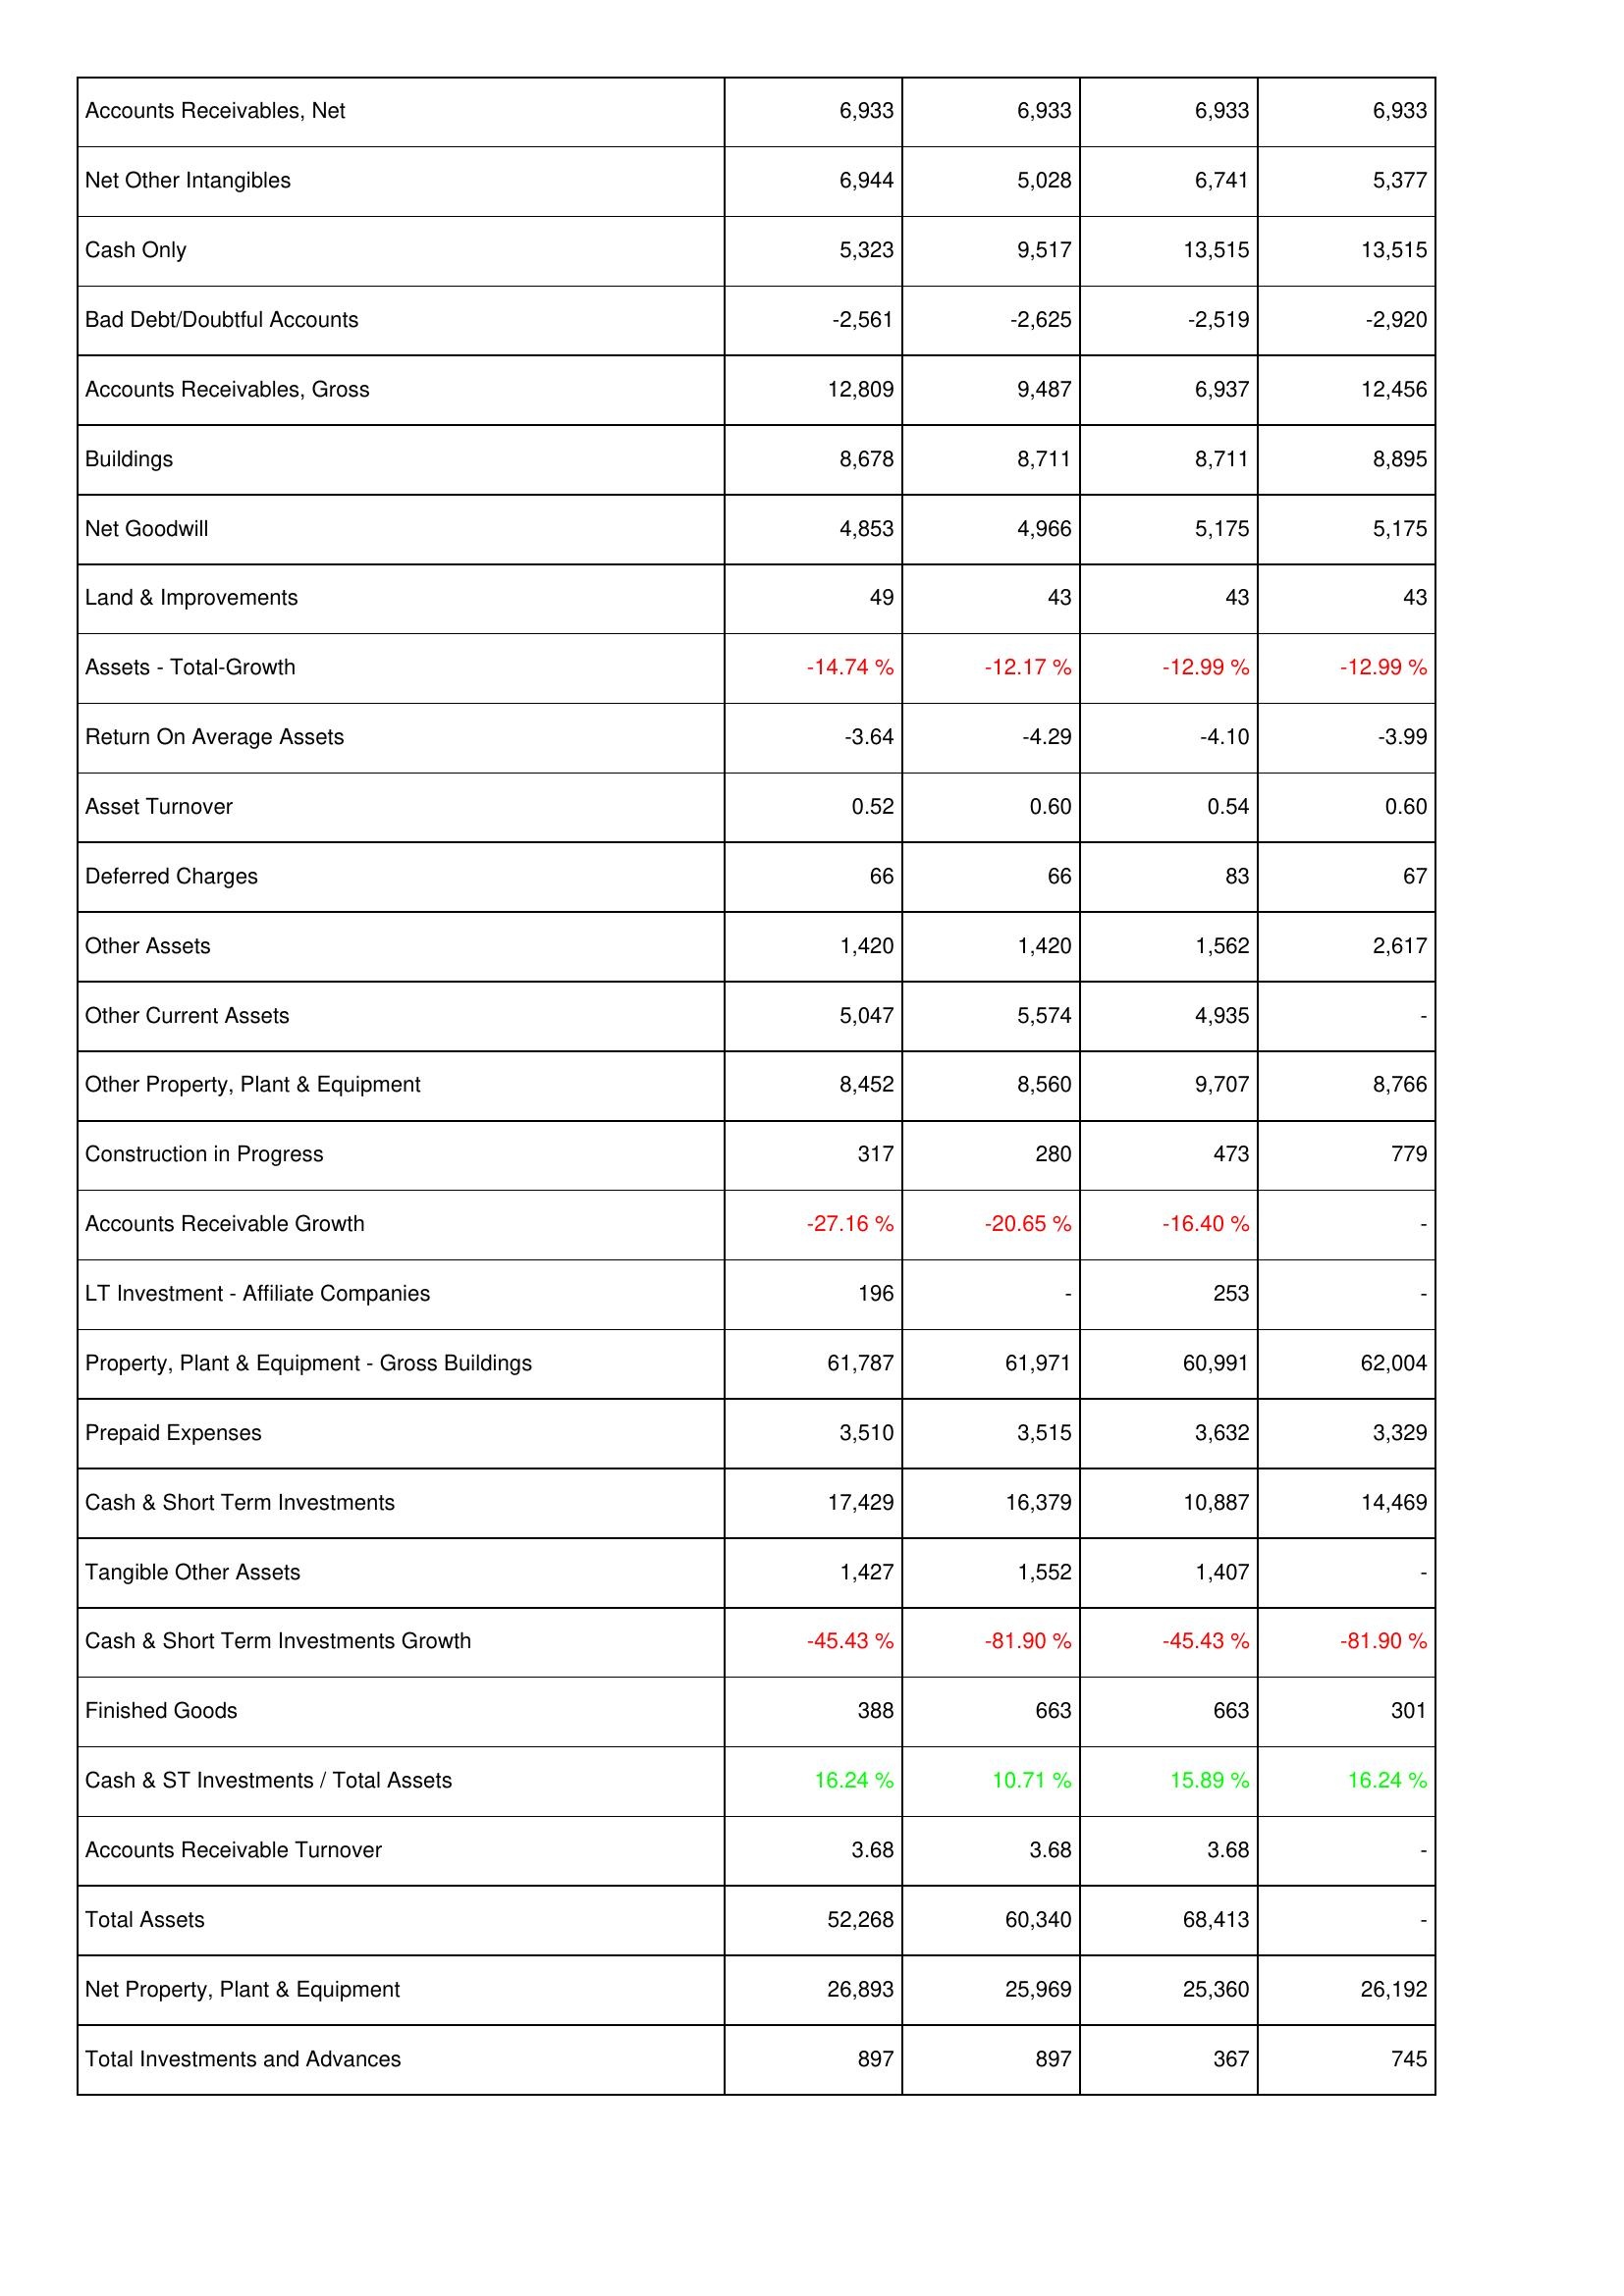
2010: Assets: Accounts Receivables, Net: 6,933
Net Other Intangibles: 6,944
Cash Only: 5,323
Bad Debt/Doubtful Accounts: -2,561
Accounts Receivables, Gross: 12,809
Buildings: 8,678
Net Goodwill: 4,853
Land & Improvements: 49
Assets - Total-Growth: -14.74 %
Return On Average Assets: -3.64
Asset Turnover: 0.52
Deferred Charges: 66
Other Assets: 1,420
Other Current Assets: 5,047
Other Property, Plant & Equipment: 8,452
Construction in Progress: 317
Accounts Receivable Growth: -27.16 %
LT Investment - Affiliate Companies: 196
Property, Plant & Equipment - Gross Buildings: 61,787
Prepaid Expenses: 3,510
Cash & Short Term Investments: 17,429
Tangible Other Assets: 1,427
Cash & Short Term Investments Growth: -45.43 %
Finished Goods: 388
Cash & ST Investments / Total Assets: 16.24 %
Accounts Receivable Turnover: 3.68
Total Assets: 52,268
Net Property, Plant & Equipment: 26,893
Total Investments and Advances: 897
2009: Assets: Accounts Receivables, Net: 6,933
Net Other Intangibles: 5,028
Cash Only: 9,517
Bad Debt/Doubtful Accounts: -2,625
Accounts Receivables, Gross: 9,487
Buildings: 8,711
Net Goodwill: 4,966
Land & Improvements: 43
Assets - Total-Growth: -12.17 %
Return On Average Assets: -4.29
Asset Turnover: 0.60
Deferred Charges: 66
Other Assets: 1,420
Other Current Assets: 5,574
Other Property, Plant & Equipment: 8,560
Construction in Progress: 280
Accounts Receivable Growth: -20.65 %
LT Investment - Affiliate Companies: -
Property, Plant & Equipment - Gross Buildings: 61,971
Prepaid Expenses: 3,515
Cash & Short Term Investments: 16,379
Tangible Other Assets: 1,552
Cash & Short Term Investments Growth: -81.90 %
Finished Goods: 663
Cash & ST Investments / Total Assets: 10.71 %
Accounts Receivable Turnover: 3.68
Total Assets: 60,340
Net Property, Plant & Equipment: 25,969
Total Investments and Advances: 897
2008: Assets: Accounts Receivables, Net: 6,933
Net Other Intangibles: 6,741
Cash Only: 13,515
Bad Debt/Doubtful Accounts: -2,519
Accounts Receivables, Gross: 6,937
Buildings: 8,711
Net Goodwill: 5,175
Land & Improvements: 43
Assets - Total-Growth: -12.99 %
Return On Average Assets: -4.10
Asset Turnover: 0.54
Deferred Charges: 83
Other Assets: 1,562
Other Current Assets: 4,935
Other Property, Plant & Equipment: 9,707
Construction in Progress: 473
Accounts Receivable Growth: -16.40 %
LT Investment - Affiliate Companies: 253
Property, Plant & Equipment - Gross Buildings: 60,991
Prepaid Expenses: 3,632
Cash & Short Term Investments: 10,887
Tangible Other Assets: 1,407
Cash & Short Term Investments Growth: -45.43 %
Finished Goods: 663
Cash & ST Investments / Total Assets: 15.89 %
Accounts Receivable Turnover: 3.68
Total Assets: 68,413
Net Property, Plant & Equipment: 25,360
Total Investments and Advances: 367
2007: Assets: Accounts Receivables, Net: 6,933
Net Other Intangibles: 5,377
Cash Only: 13,515
Bad Debt/Doubtful Accounts: -2,920
Accounts Receivables, Gross: 12,456
Buildings: 8,895
Net Goodwill: 5,175
Land & Improvements: 43
Assets - Total-Growth: -12.99 %
Return On Average Assets: -3.99
Asset Turnover: 0.60
Deferred Charges: 67
Other Assets: 2,617
Other Current Assets: -
Other Property, Plant & Equipment: 8,766
Construction in Progress: 779
Accounts Receivable Growth: -
LT Investment - Affiliate Companies: -
Property, Plant & Equipment - Gross Buildings: 62,004
Prepaid Expenses: 3,329
Cash & Short Term Investments: 14,469
Tangible Other Assets: -
Cash & Short Term Investments Growth: -81.90 %
Finished Goods: 301
Cash & ST Investments / Total Assets: 16.24 %
Accounts Receivable Turnover: -
Total Assets: -
Net Property, Plant & Equipment: 26,192
Total Investments and Advances: 745